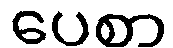
ပေစာ